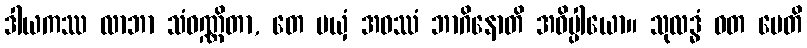
ဒါယကဿ လာဘာ သံဝဏ္ဏိတာ, တေ မယှံ အဝဿံ ဘာဂိနောတိ အဓိပ္ပါယော။ သုလဒ္ဓံ ဝတ မေတိ